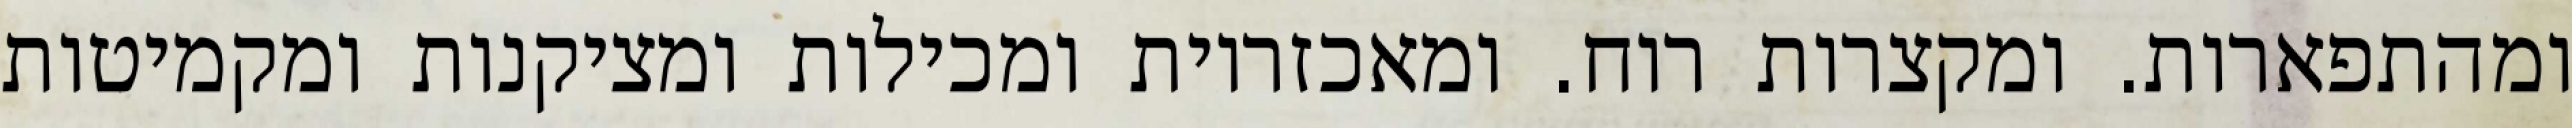
ומהתפארות. ומקצרות רוח. ומאכזריות ומכילות ומציקנות ומקמיטות